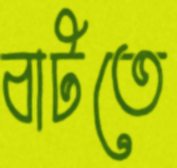
বাটতে